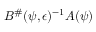
B ^ { \# } ( \psi , \epsilon ) ^ { - 1 } A ( \psi )